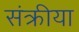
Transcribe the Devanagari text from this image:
संक्रीया